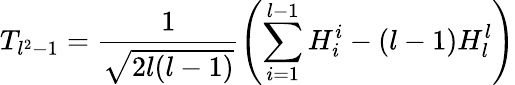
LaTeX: T_{l^{2}-1}=\frac{1}{\sqrt{2l(l-1)}}\left(\sum_{i=1}^{l-1}H_{i}^{i}-(l-1)H_{l}^{l}\right)